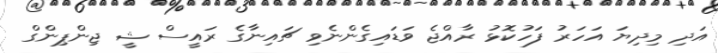
އަދި މިދިޔަ އަހަރު ފަހުކޮޅު ރާއްޖެ ވަޑައިގެންނެވި ޗައިނާގެ ރައީސް ޝީ ޖިންޕިންގް